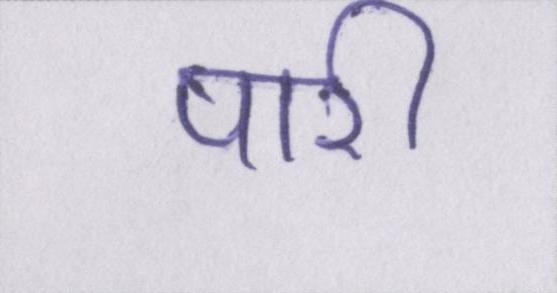
पारी